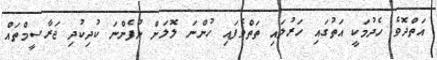
އަތްދޮވެ ހެދުމަކީ އަތުގައި ހަރުލައި ތަތްވެފައި ހުންނަ ލޮލަށް ނުފެންނަ ކުދިކުދި ޖަރާސީމްތައް